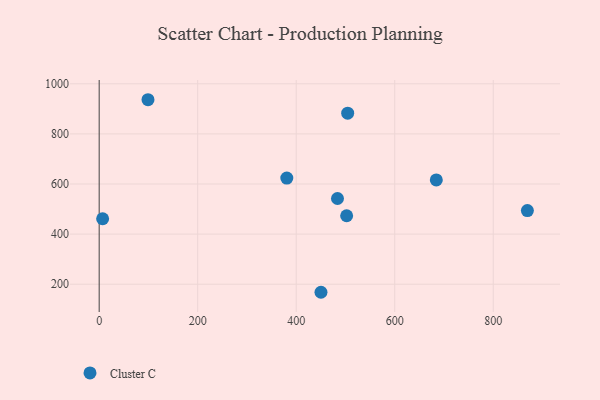
{"axis": {"x": "Speed", "y": "Fuel Efficiency"}, "legend": ["Cluster C"], "data": [{"x": "502.4", "y": 473.4, "type": "Cluster C"}, {"x": "380.9", "y": 623.6, "type": "Cluster C"}, {"x": "684.4", "y": 616.4, "type": "Cluster C"}, {"x": "7.0", "y": 461.4, "type": "Cluster C"}, {"x": "504.5", "y": 882.9, "type": "Cluster C"}, {"x": "450.3", "y": 167.9, "type": "Cluster C"}, {"x": "99.1", "y": 936.4, "type": "Cluster C"}, {"x": "869.3", "y": 493.8, "type": "Cluster C"}, {"x": "483.8", "y": 542.2, "type": "Cluster C"}]}